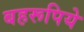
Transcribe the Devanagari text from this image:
बहरूपिये